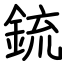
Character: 鋶